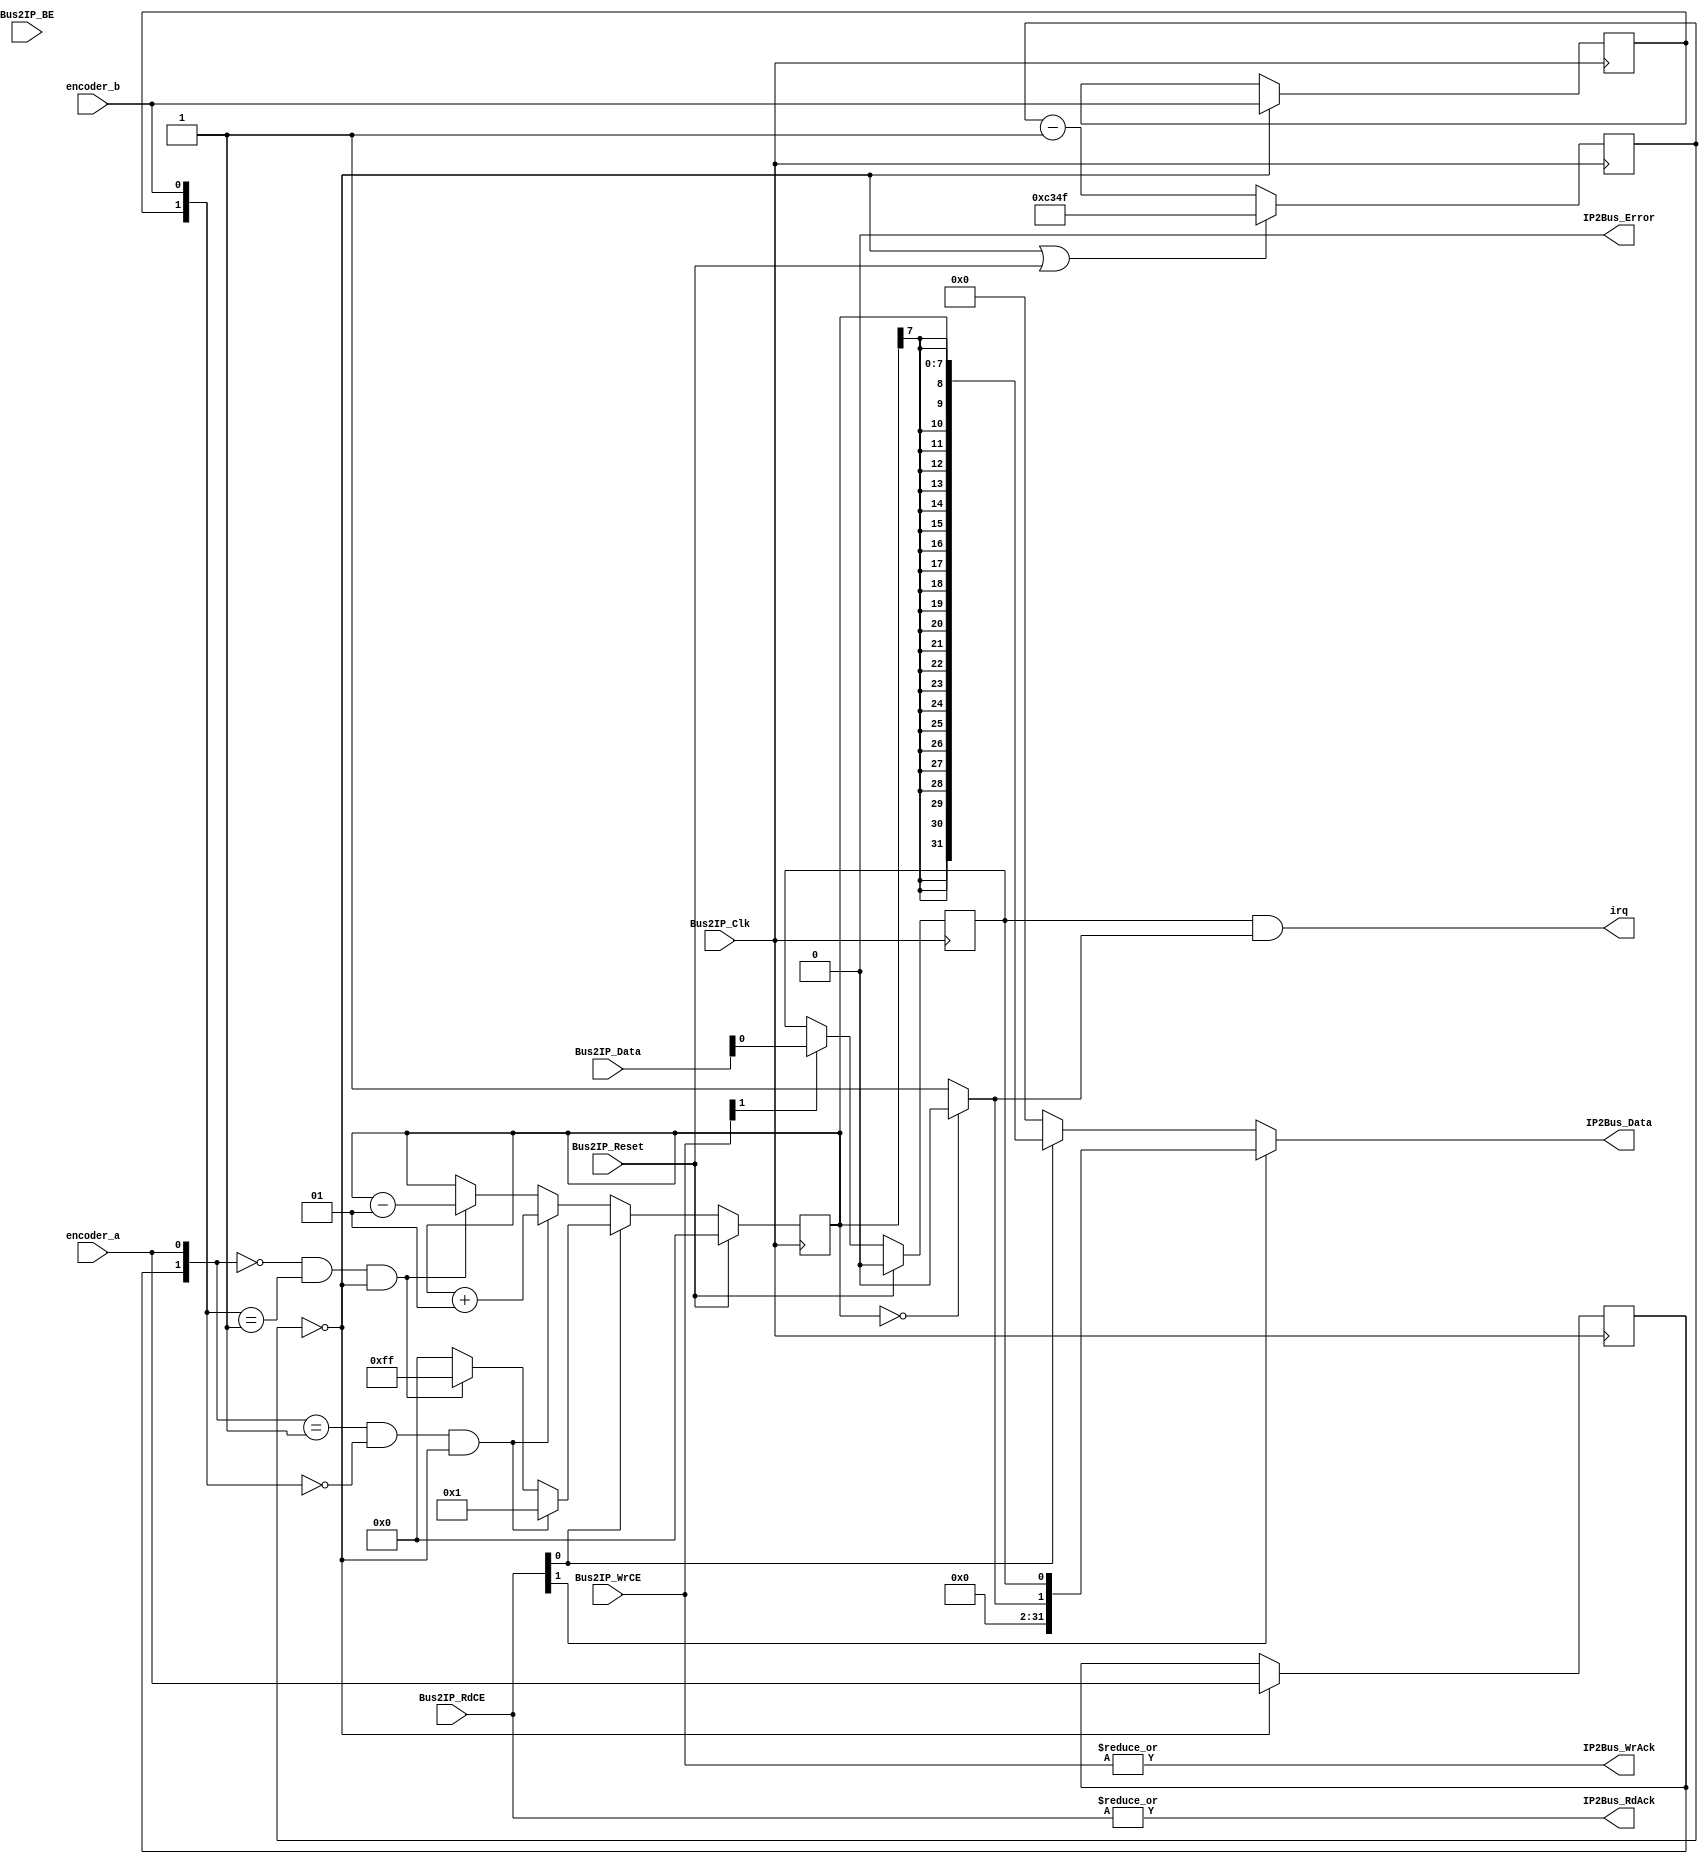
module encoder_user_logic(
   //A PLB IPIF interfész portjai.
   Bus2IP_Clk,                     //Órajel.
   Bus2IP_Reset,                   //Reset jel.
   Bus2IP_Data,                    //Írási adatbusz (IPIF -> IP).
   Bus2IP_BE,                      //Bájt engedélyezõ jelek.
   Bus2IP_RdCE,                    //Regiszter olvasás engedélyezõ jelek.
   Bus2IP_WrCE,                    //Regiszter írás engedélyezõ jelek.
   IP2Bus_Data,                    //Olvasási adatbusz (IP -> IPIF).
   IP2Bus_RdAck,                   //Regiszter olvasás nyugtázó jel.
   IP2Bus_WrAck,                   //Regiszter írás nyugtázó jel.
   IP2Bus_Error,                   //Hibajelzés az IPIF felé.
   
   //Az enkóder interfész portjai.
   encoder_a,                      //Az enkóder A jele.
   encoder_b,                      //Az enkóder B jele.
   irq                             //Megszakításkérõ kimenet.
);

//*****************************************************************************
//* A PLB IPIF interfész paraméterei (EZEKET NE MÓDOSÍTSA!).                  *
//*****************************************************************************
parameter C_SLV_DWIDTH = 32;
parameter C_NUM_REG    = 2;


//*****************************************************************************
//* A PLB IPIF interfész portjainak definiálása (EZEKET NE MÓDOSÍTSA!).       *
//*****************************************************************************
input  wire                        Bus2IP_Clk;
input  wire                        Bus2IP_Reset;
input  wire [0 : C_SLV_DWIDTH-1]   Bus2IP_Data;
input  wire [0 : C_SLV_DWIDTH/8-1] Bus2IP_BE;
input  wire [0 : C_NUM_REG-1]      Bus2IP_RdCE;
input  wire [0 : C_NUM_REG-1]      Bus2IP_WrCE;
output reg  [0 : C_SLV_DWIDTH-1]   IP2Bus_Data;
output wire                        IP2Bus_RdAck;
output wire                        IP2Bus_WrAck;
output wire                        IP2Bus_Error;


//*****************************************************************************
//* Az enkóder interfész portjainak definiálása (EZEKET NE MÓDOSÍTSA!).       *
//*****************************************************************************
input  wire                        encoder_a;
input  wire                        encoder_b;
output wire                        irq;


//*****************************************************************************
//* Az írási adatbusz bitjeinek megfordítása.                                 *
//* A továbbiakban a Bus2IP_Data jel helyett használja a wr_data jelet.       *
//*****************************************************************************
reg     [C_SLV_DWIDTH-1:0] wr_data;
reg     [C_SLV_DWIDTH-1:0] rd_data;
integer                    i;

always @(*)
   for (i = 0; i < C_SLV_DWIDTH; i = i + 1) begin
      wr_data[i] <= Bus2IP_Data[C_SLV_DWIDTH-i-1];
	   IP2Bus_Data[i] <= rd_data[C_SLV_DWIDTH-i-1];
   end

//*****************************************************************************
//* A nyugtázó- és hibajelek meghajtása.                                      *
//*****************************************************************************
assign IP2Bus_WrAck = |Bus2IP_WrCE;
assign IP2Bus_RdAck = |Bus2IP_RdCE;
assign IP2Bus_Error = 1'b0;


//*****************************************************************************
//* Az enkóder jeleinek mintavételezése 1 kHz-el és az események dekódolása.  *
//*****************************************************************************

// Mintavételező órajel
reg [15:0] clk_counter;

always @ (posedge Bus2IP_Clk)
if (clk_counter == 16'b0 || Bus2IP_Reset)
    clk_counter <= 16'd49999;
else
    clk_counter <= clk_counter - 1;
    
wire sample_clk = (clk_counter == 16'b0);


// Shift regiszterek
reg shr_a;
reg shr_b;

always @ (posedge Bus2IP_Clk)
if (sample_clk == 1'b1)
begin
    shr_a <= encoder_a;
    shr_b <= encoder_b;
end

wire [1:0] edge_a = {shr_a, encoder_a};
wire [1:0] edge_b = {shr_b, encoder_b};

wire signal_counter_up = (edge_a == 1'b01 && edge_b == 2'b00 && sample_clk);
wire signal_counter_down = (edge_a == 2'b00 && edge_b == 2'b01 && sample_clk);


//*****************************************************************************
//* Számláló (BÁZIS+0x04).                                                    *
//*****************************************************************************
reg signed [7:0] counter;

always @ (posedge Bus2IP_Clk)
if (Bus2IP_Reset)
    counter <= 0;
// Ha épp olvasás történik
else if (Bus2IP_RdCE[1] == 1) begin
    if (signal_counter_up)
        counter <= 1;
    else if (signal_counter_down)
        counter <= 8'b1111_1111;
    else
        counter <= 0;
end
else begin
    if (signal_counter_up)
        counter <= counter + 1;
    else if (signal_counter_down)
        counter <= counter - 1;
end


//*****************************************************************************
//* Vezérlõ/státusz regiszter (BÁZIS+0x00).                                   *
//* A megszakításkérõ jel elõállítása.                                        *
//*****************************************************************************
reg ie;

always @ (posedge Bus2IP_Clk)
   if (Bus2IP_Reset)
       ie <= 1'b0;
   else if (Bus2IP_WrCE[0])
       ie <= wr_data[0];

wire iflag = (8'd0 == counter) ? 1'b0 : 1'b1;
assign irq = ie && iflag;


//*****************************************************************************
//* Az olvasási adatbusz meghajtása.                                          *
//*****************************************************************************

always @ (*)
if (Bus2IP_RdCE[0])
    rd_data <= {30'b0, iflag, ie};
else if (Bus2IP_RdCE[1])
    rd_data <= {{24{counter[7]}}, counter};
else
    rd_data <= 32'b0;

endmodule